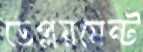
ডেপ্লয়মেন্ট